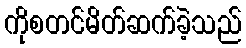
ကိုစတင်မိတ်ဆက်ခဲ့သည်